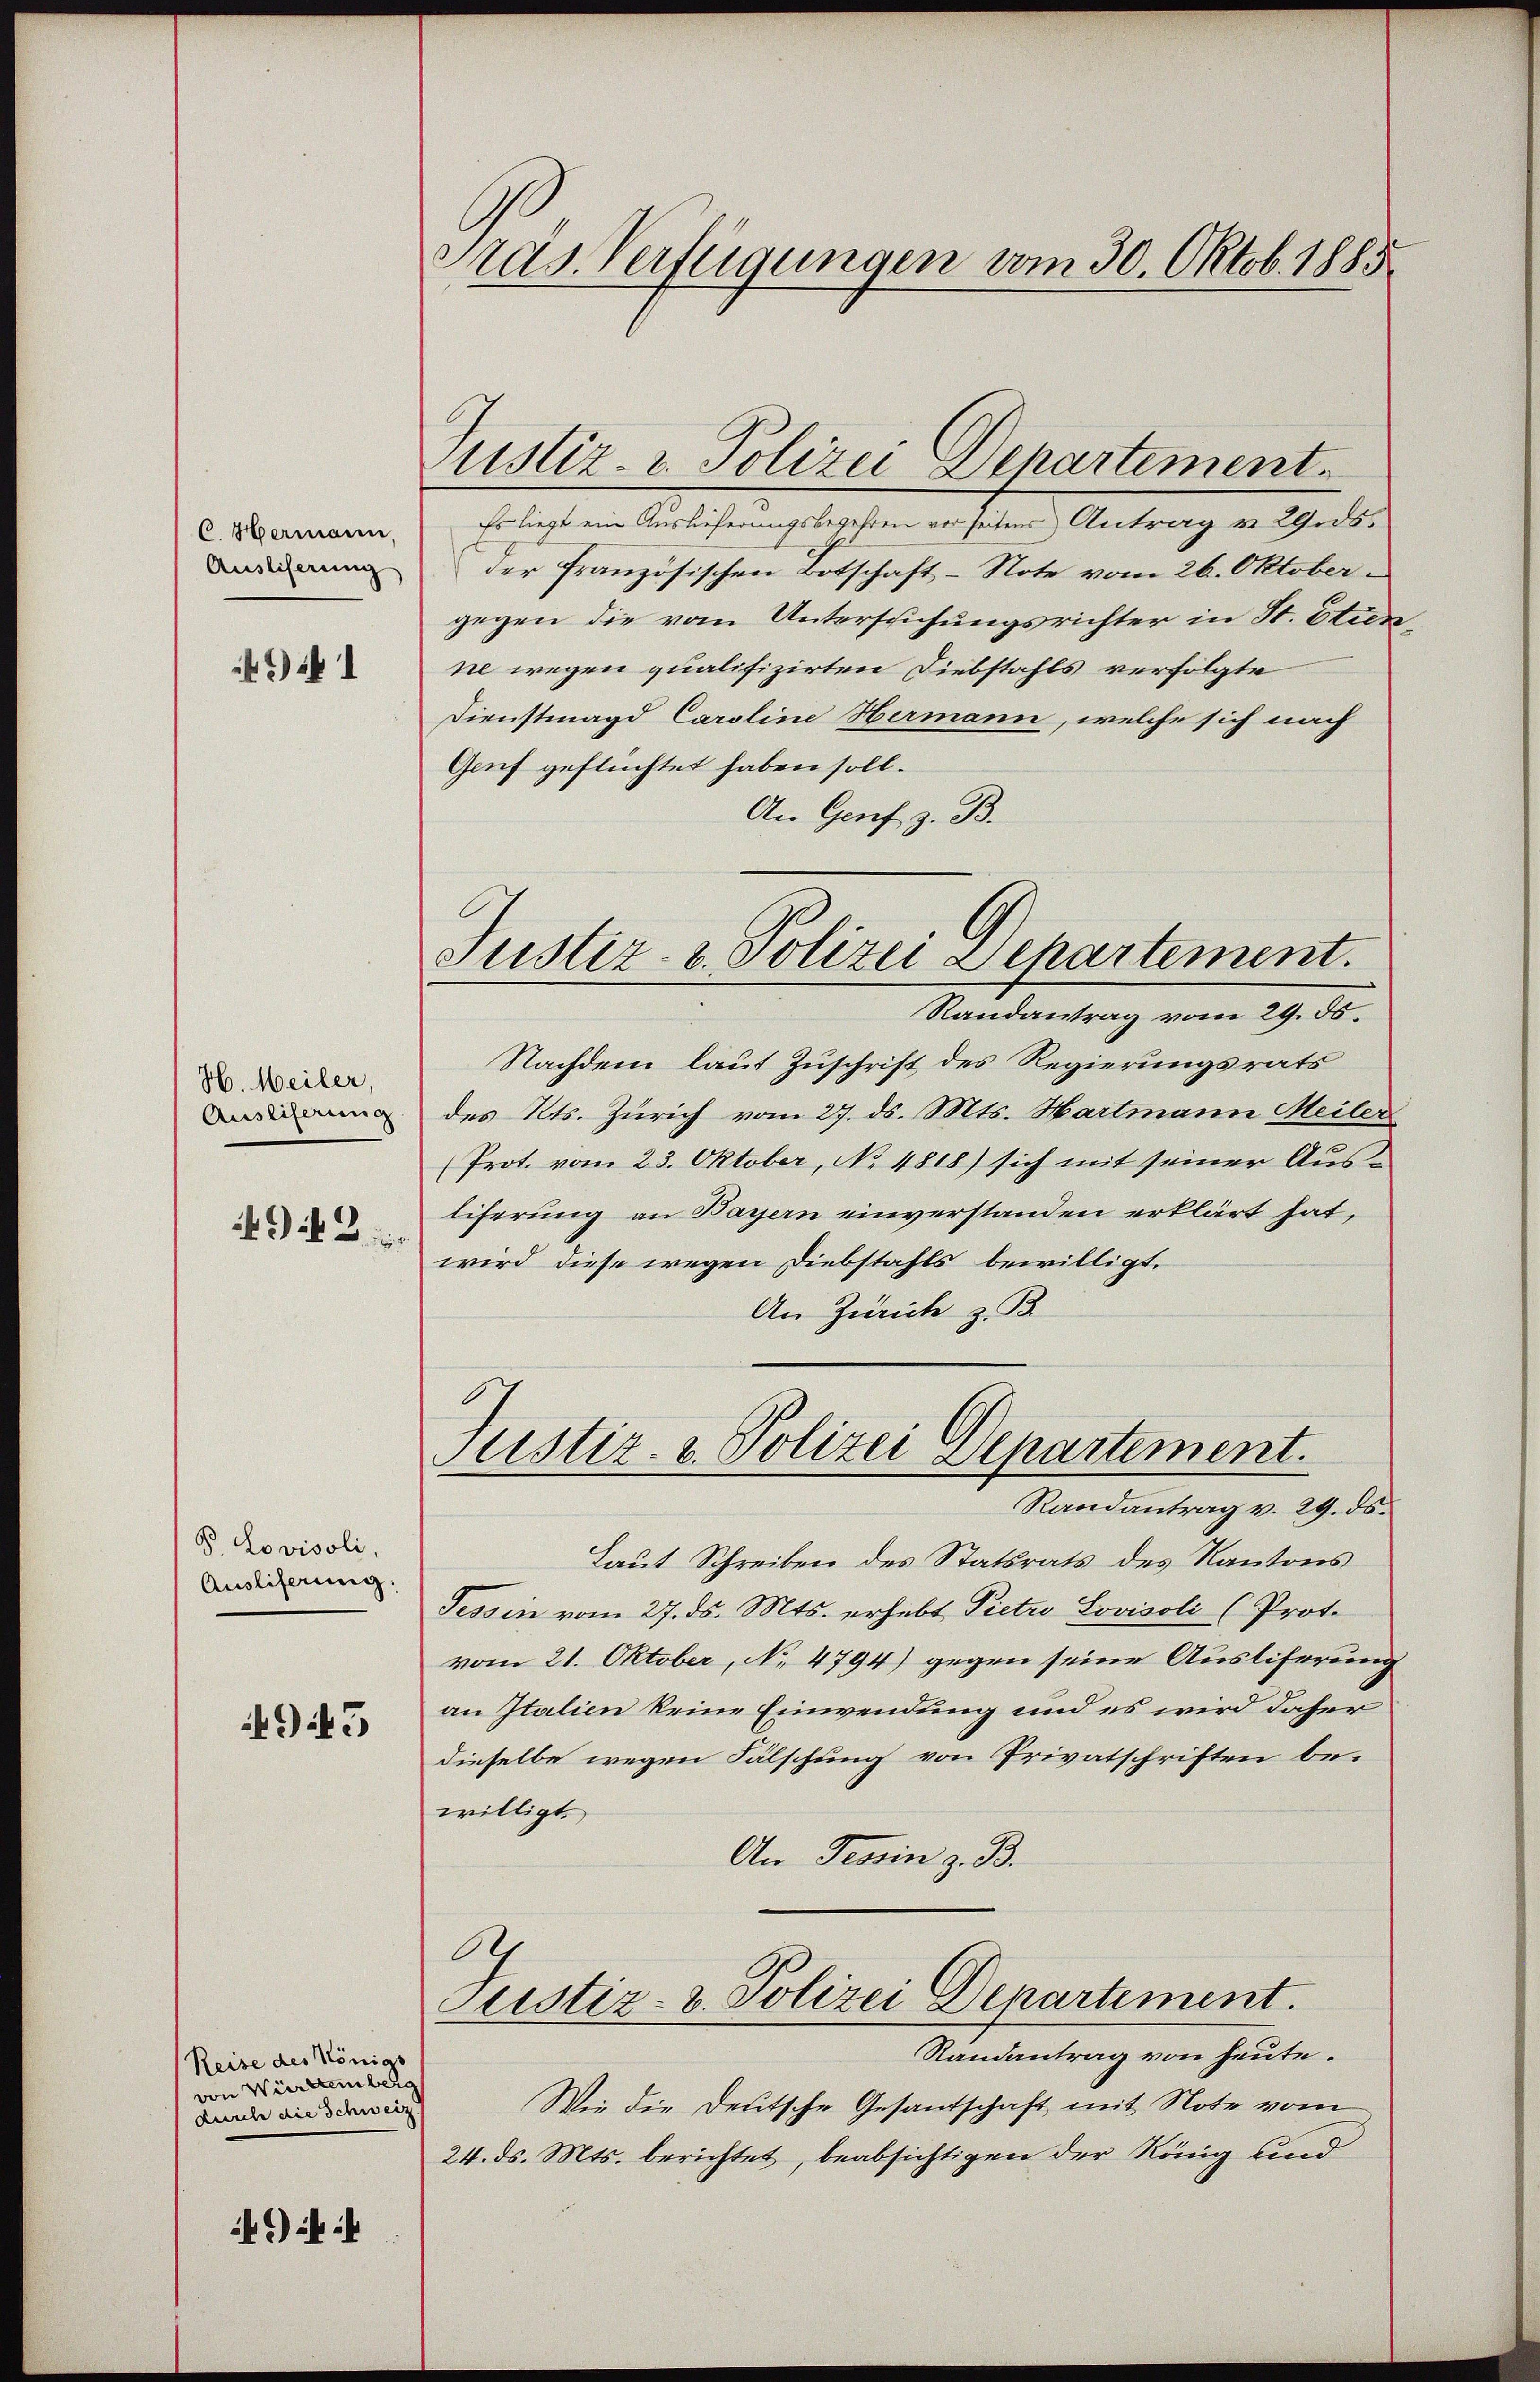
C. Hermann,
Ausliserung

H. Meiler,
Ausliferung
49. 3

8 Lovisoli,
Ausliferung:

945

Reise des Königs
Württemberg
durch die Schweiz

) i

Pras Verfügungen vom 30. Oktob. 1885

ustiz- & Polizei Departement.
Es liegt ein Auslieferungsbegehren vorseitens Antrag v. 29.dsder französischen Botschaft - Note vom 26. Oktobergegen die vom Untersuchungsrichter in St. Etienne wegen qualifizirten Diebstahls verfolgte
Dienstmagd Caroline Hermann, welche sich nach
Genf geflüchtet haben soll.
An Genf z. B.
Randantrag vom 29. ds.
Nachdem laut Zuschrift des Regierungsrats
des Kts. Zürich vom 27. ds. Mts. Hartmann Meiler
(Prot. vom 23. Oktober, No 4818) sich mit seiner Aus-
liferung an Bayern einverstanden erklärt hat,
wird diese wegen Diebstahls bewilligt.
An Zürich z. B.
Justiz- & Polizei Departement.
Randantrag v. 29. ds.
Laut Schreiben des Statsrats des Kantons
Tessin vom 27. ds. Mts. erhebt Pietro Sovisoli (Prot.
vom 21. Oktober, No 4794) gegen seine Ausliferung
an Italien keine Einwendung und es wird daher
dieselbe wegen Fälschung von Privatschriften be-
willigt.
An Tessin z. B.
e
Justiz- & Polizei Departement.
Randantrag von heute.
Wie die Deutsche Gesantschaft mit Note vom
24. ds. Mts. berichtet, beabsichtigen der König und

Justiz- & Polizei Departement.